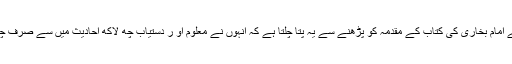
تو پھر احادیث کی کتابوں میں سے امام بخاری کی کتاب کے مقدمہ کو پڑھنے سے یہ پتا چلتا ہے کہ انہوں نے معلوم او ر دستیاب چھ لاکھ احادیث میں سے صرف چھ ہزار چھانٹ کر منتخب کی ہیں۔